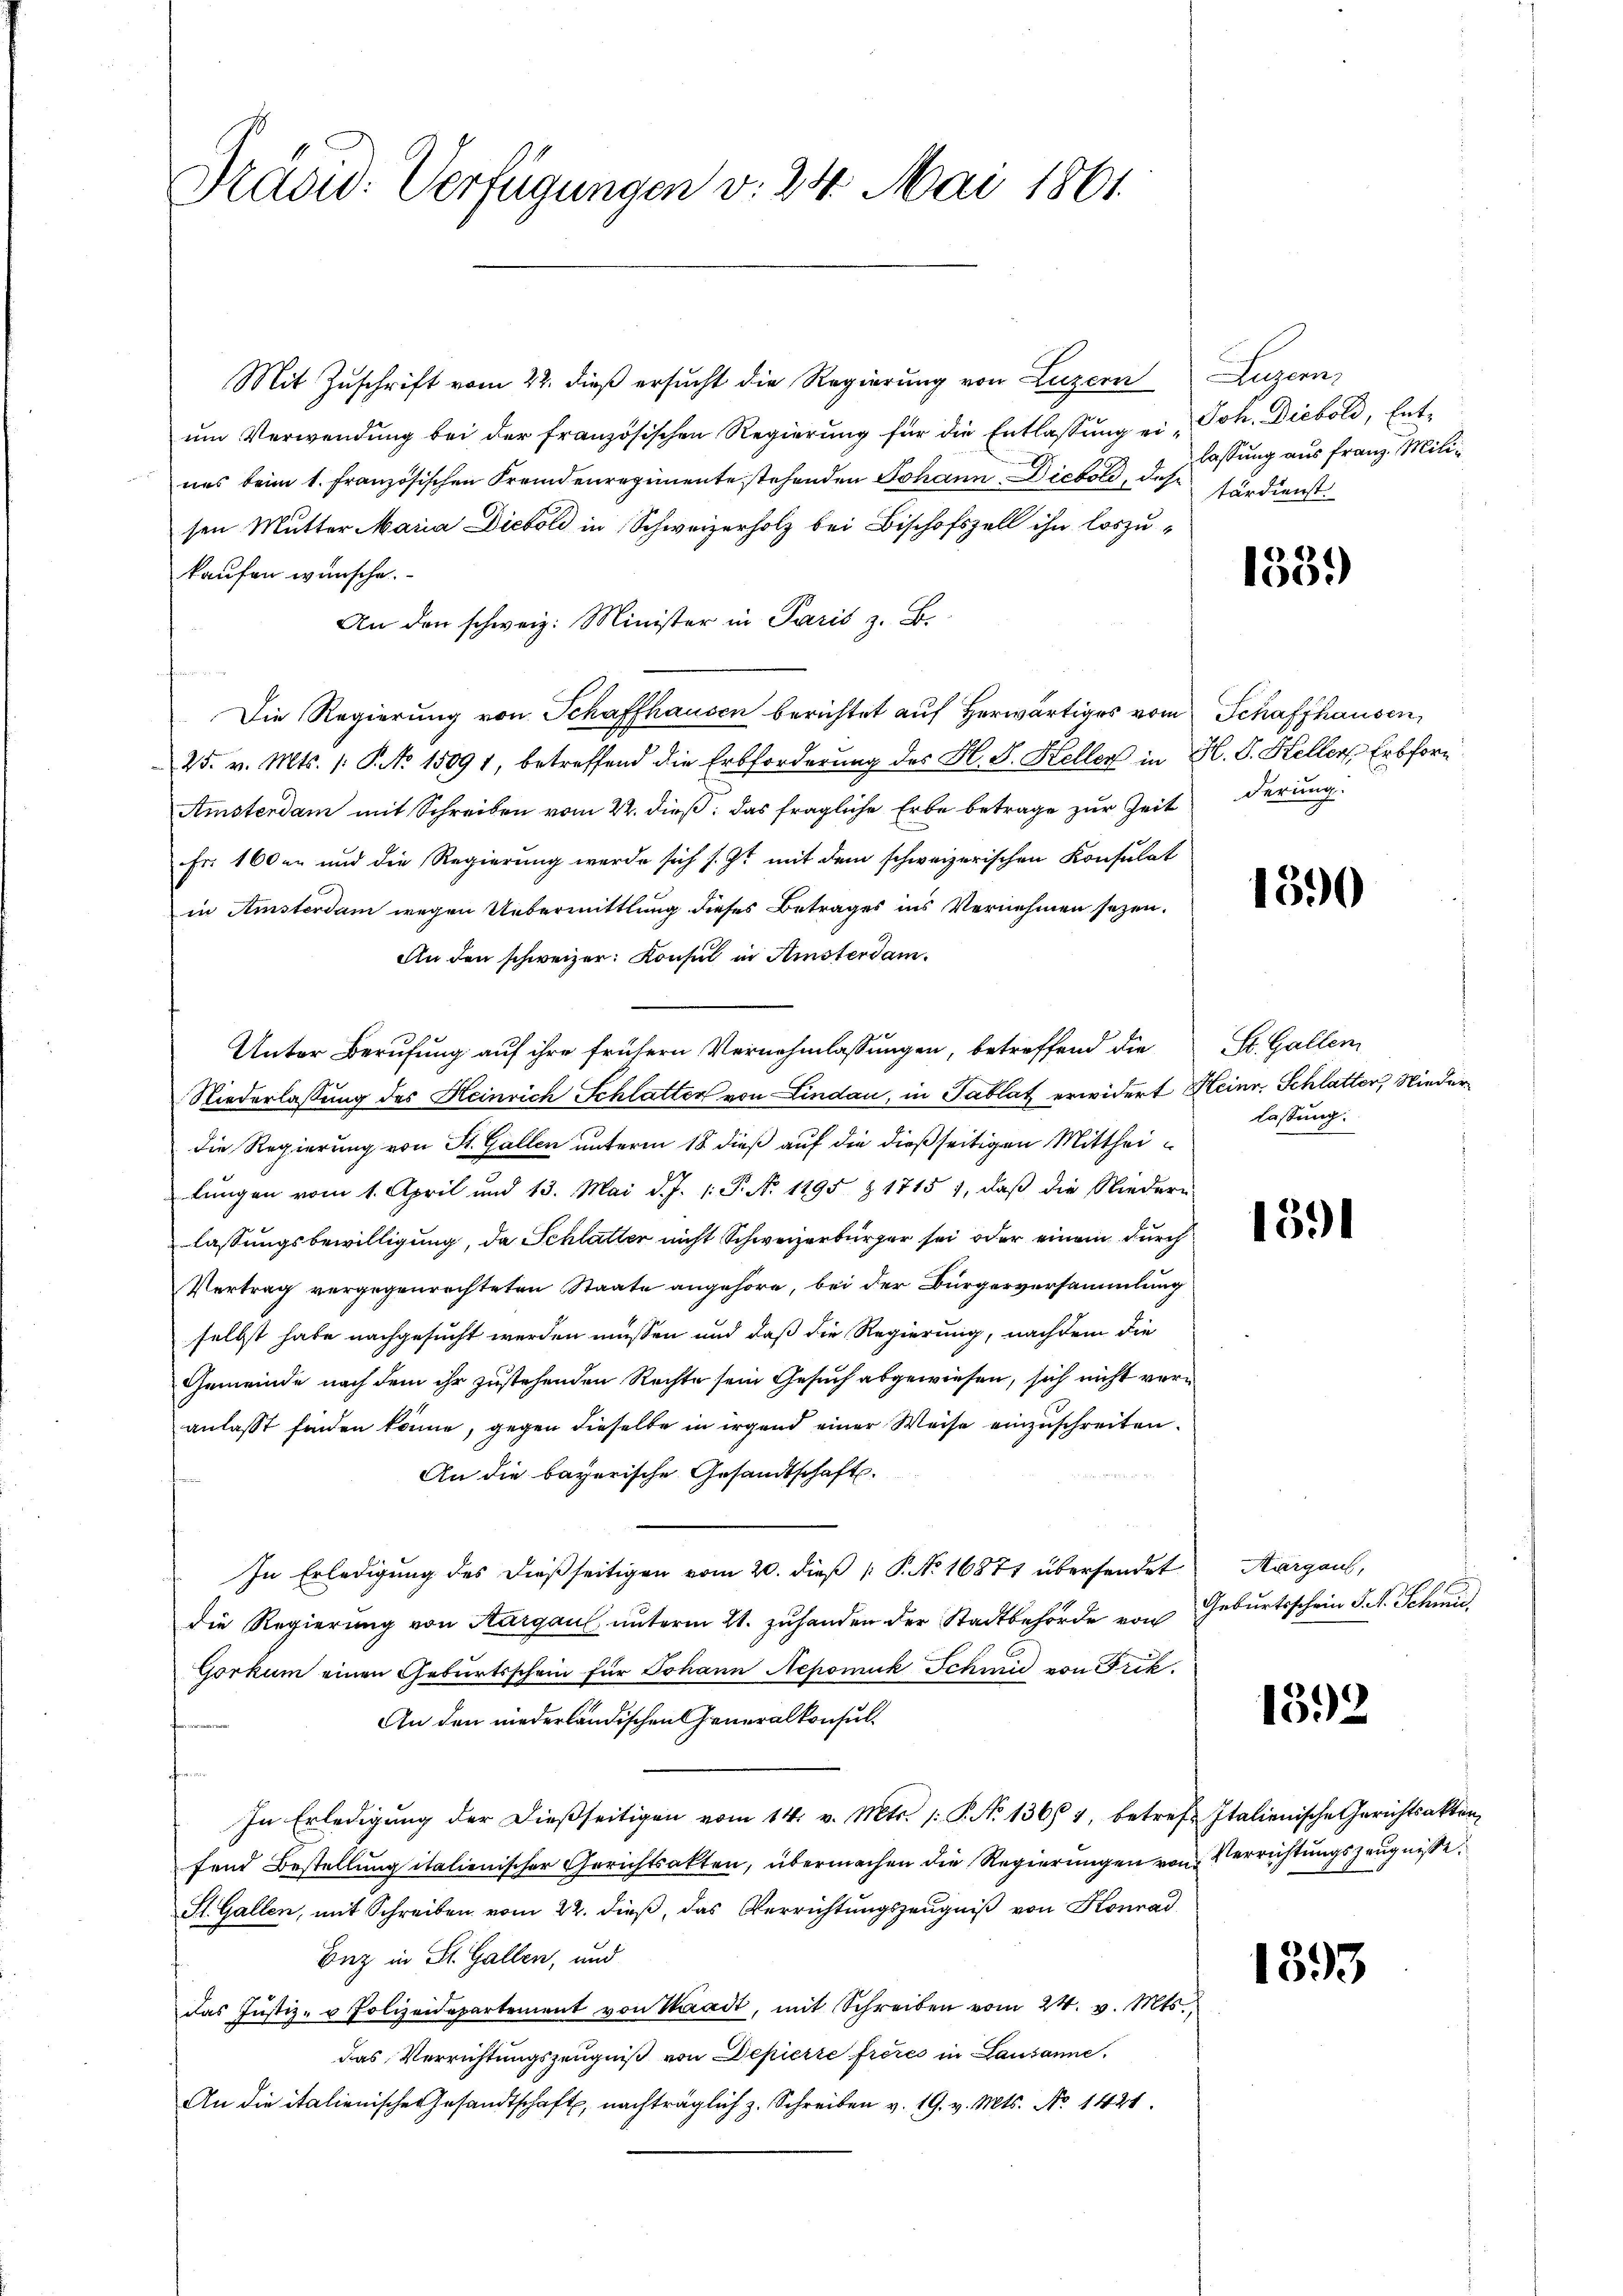
Präsid. Verfügungen v. 24. Mai 1861.

Mit Zuschrift vom 22. dieß ersucht die Regierung von Luzern Luzern,
ŭm Verwendŭng bei der französischen Regierŭng für die Entlassŭng ein Joh. Diebold, Ent-
ues beim 1. Französischen Fremdenregimente stehenden Johann Diebold, das Ferdienst
sen Mutter Maria Diebold in Schweizerholz bei Bischofszell ihn loszukaufen wünsche.
An den schweiz. Minister in Paris z. B.
Die Regierung von Schaffhausen berichtet auf herwärtiges vom Schaffhausen,
25. v. Mts. /: P. No 15091, betreffend die Erbforderung des Hl. S. Steller in H. V. Heller Erbforn
Amsterdam mit Schreiben vom 22. dieß, das fragliche Erbe betrage zur Zeit
Fr. 160er und die Regierung werde sich s. Ist mit dem schweizerischen Konsulat
in Amsterdam wegen Uebermittlung dieses Betrages ins Vernehmen sezen.
An den schweizer. Konsul in Amsterdam.
Unter Berufung auf ihre frühern Vernehmlassungen, betreffend die
Niederlassung des Heinrich Schlatter von Lindau, in Tablat erwidert Heinr. Schlatter, Niederdie Regierung von St. Gallen unterm 18. dieß auf die dießseitigen Mittheilŭngen vom 1. April und 13. Mai d. J. 1: P. N. 1195 § 1715 1, daβ die Niedern
lassungsbewilligung, da Schlatter nicht Schweizerbürger sei oder einem durch¬
Vertrag vergegenrechteten Staate angehöre, bei der Bürgerversammlung
selbst habe nachgesucht werden müssen und daß die Regierung, nachdem die
Gemeinde nach dem ihr zustehenden Rechte sein Gesuch abgewiesen, sich nicht veranlasst finden könne, gegen dieselbe in irgend einer Weise einzuschreiten.
An die bayerische Gesandtschaft.
In Erledigung des dießseitigen vom 20. dieß P. No 16871 übersendet
die Regierŭng von Aargau unterm 21. zŭhanden der Stadtbehörde von Geburtsschein P. R. Schmid,
Gorkum einen Geburtsschein für Johann Nepomuk Schmid von Frik¬
An den niederländischen Generalkonsul¬
In Erledigŭng der dießseitigen vom 14. v. Mts. /: P. No 13654, betref Italienische Gerichtsakter-
fend Bestellung italienischer Gerichtsakten, übermachen die Regierungen von Verrichtungszeugniße
St. Gallen, mit Schreiben vom 22. dieß, das Verrichtungszeugniß von Konrad
Enz in St. Gallen, und
das Justiz- u Polizeidepartement von Waadt, mit Schreiben vom 24. v. Mts.
das Verrichtungszeugniß von Depierte freies in Lausanne.
An die italienischer Gesandtschaft, nachträglich z. Schreiben v. 19. v. Mts. No 1421

lassung aus Franz. Mili¬

153.

derung.

1590

St. Galler
lassung.

1391

Aargaus,

1392

1393